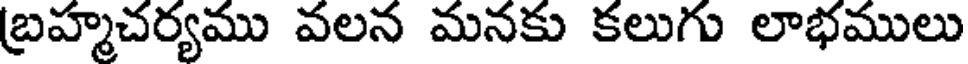
బ్రహ్మచర్యము వలన మనకు కలుగు లాభములు